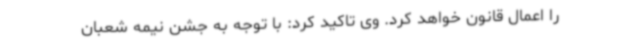
را اعمال قانون خواهد کرد‌. وی تاکید کرد: با توجه به جشن نیمه شعبان